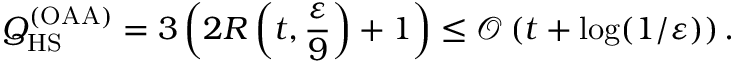
Q _ { \mathrm { H S } } ^ { ( \mathrm { O A A } ) } = 3 \left( 2 R \left( t , \frac { \varepsilon } { 9 } \right) + 1 \right) \leq \mathcal { O } \left( t + \log ( 1 / \varepsilon ) \right) .